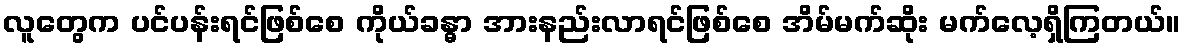
လူတွေက ပင်ပန်းရင်ဖြစ်စေ ကိုယ်ခန္ဓာ အားနည်းလာရင်ဖြစ်စေ အိမ်မက်ဆိုး မက်လေ့ရှိကြတယ်။